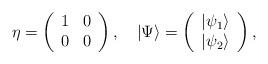
LaTeX: \begin{align*}\eta=\left( \begin{array}{cc} 1 & 0\\ 0 & 0 \end{array} \right),\quad |\Psi\rangle =\left( \begin{array}{c} |\psi_{1}\rangle\\ |\psi_{2}\rangle \end{array} \right),\end{align*}